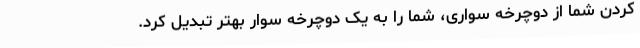
کردن شما از دوچرخه سواری، شما را به یک دوچرخه سوار بهتر تبدیل کرد.